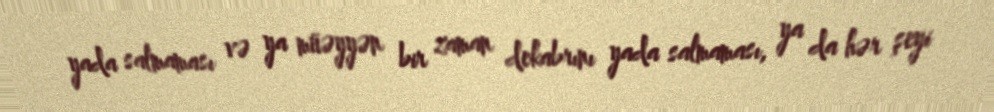
yada salmaması və ya müəyyən bir zaman dekabrını yada salmaması, ya da hər şeyi